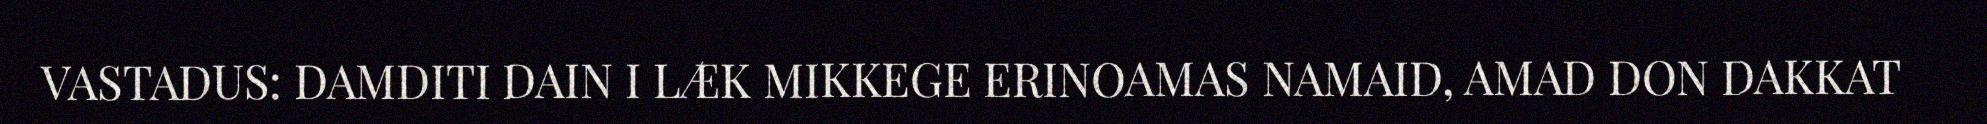
VASTADUS: DAMDITI DAIN I LÆK MIKKEGE ERINOAMAS NAMAID, AMAD DON DAKKAT